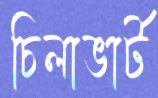
চিলাভার্ট